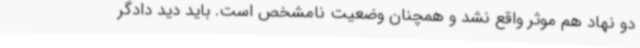
دو نهاد هم موثر واقع نشد و همچنان وضعیت نامشخص است. باید دید دادگر